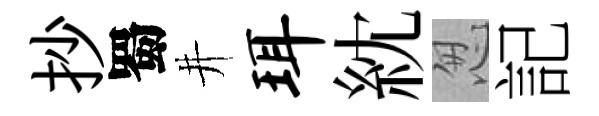
抄蜀井珥紞怱記